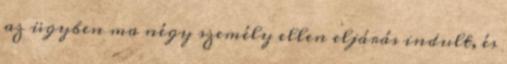
az ügyben ma négy személy ellen eljárás indult, és